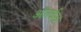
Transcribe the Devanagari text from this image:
अंतर्वस्र